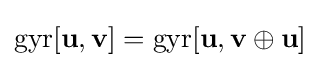
\mathrm {gyr} [\mathbf {u} ,\mathbf {v} ]=\mathrm {gyr} [\mathbf {u} ,\mathbf {v} \oplus \mathbf {u} ]